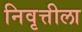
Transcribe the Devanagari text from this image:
निवृत्तीला